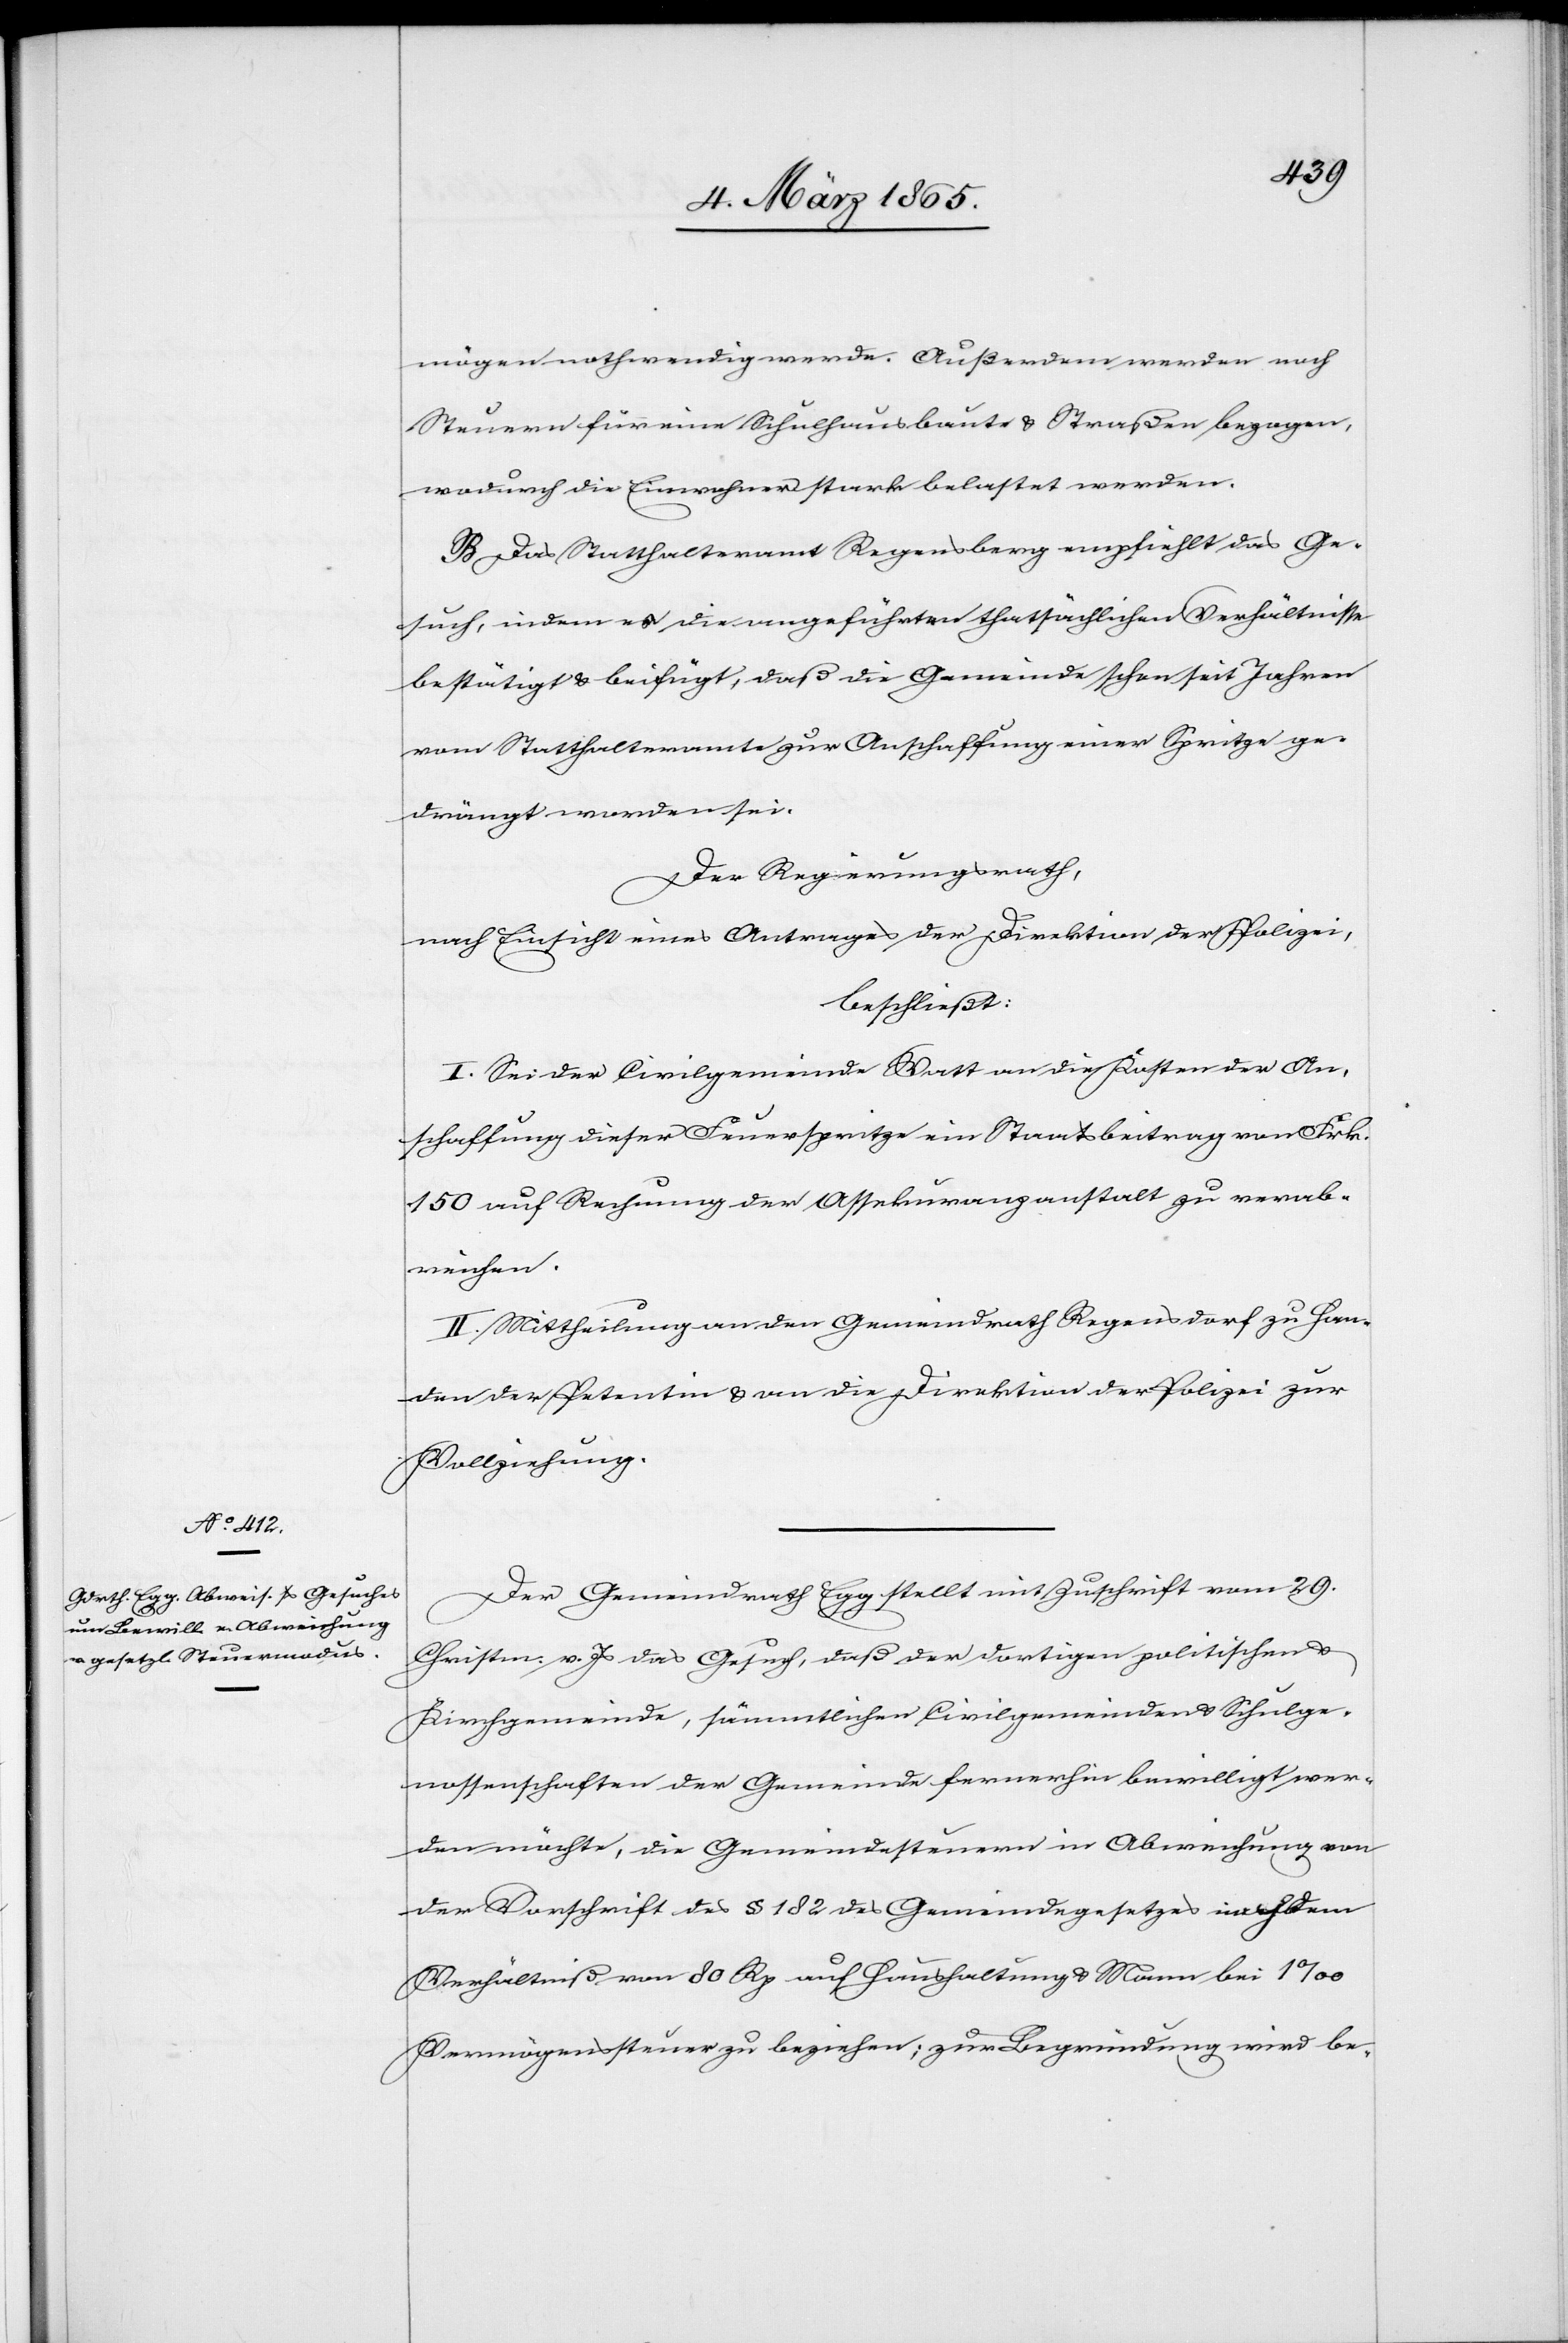
mögen nothwendig werde. Außerdem werden noch
Steuern für eine Schulhausbaute u. Straßen bezogen,
wodurch die Einwohner stark belastet werden.
B. Das Statthalteramt Regensberg empfiehlt das Ge¬
such, indem es die angeführten thatsächlichen Verhältnisse
bestätigt u. beifügt, daß die Gemeinde schon seit Jahren
vom Statthalteramte zur Anschaffung einer Spritze ge¬
drängt worden sei.
Der Regierungsrath,
nach Einsicht eines Antrages der Direktion der Polizei,
beschließt:
I. Sei der Civilgemeinde Watt an die Kosten der An¬
schaffung dieser Feuerspritze ein Staatsbeitrag von Frk.
150 auf Rechnung der Assekuranzanstalt zu verab¬
reichen.
II. Mittheilung an den Gemeindrath Regensdorf zu Han¬
den der Petentin u. an die Direktion der Polizei zur
Vollziehung.
Der Gemeindrath Egg stellt mit Zuschrift vom 29.
Christm. v. Js das Gesuch, daß der dortigen politischen u.
Kirchgemeinde, sämmtlichen Civilgemeinden u. Schulge¬
nossenschaften der Gemeinde fernerhin bewilligt wer¬
den möchte, die Gemeindesteuern in Abweichung von
der Vorschrift des § 182 des Gemeindegesetzes nach dem
Verhältniß von 80 Rp auf Haushaltung u. Mann bei 1 ‰
Vermögenssteuer zu beziehen; zur Begründung wird be-